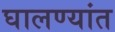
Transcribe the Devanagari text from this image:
घालण्यांत